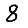
Digit: 8